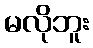
မလိုဘူး